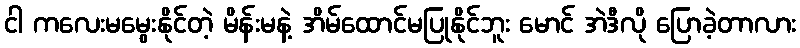
ငါ ကလေးမမွေးနိုင်တဲ့ မိန်းမနဲ့ အိမ်ထောင်မပြုနိုင်ဘူး မောင် အဲဒီလို ပြောခဲ့တာလား